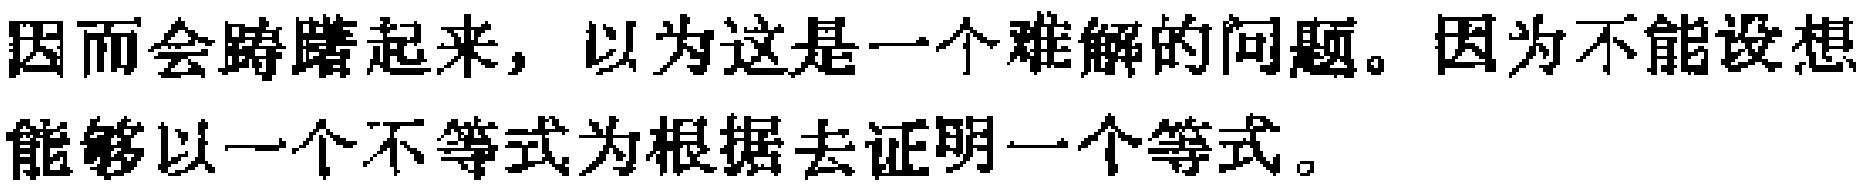
因而会踌躇起来，以为这是一个难解的问题。因为不能设想能够以一个不等式为根据去证明一个等式。